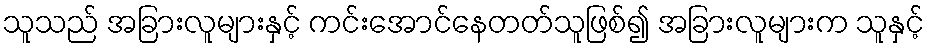
သူသည် အခြားလူများနှင့် ကင်းအောင်နေတတ်သူဖြစ်၍ အခြားလူများက သူနှင့်